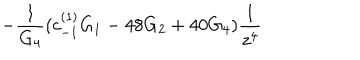
LaTeX: - \frac { 1 } { G _ { 4 } } ( c _ { - 1 } ^ { ( 1 ) } G _ { 1 } - 4 8 G _ { 2 } + 4 0 G _ { 4 } ) \frac { 1 } { z ^ { 4 } }